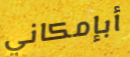
أبإمكاني